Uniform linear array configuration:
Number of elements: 16
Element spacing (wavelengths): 0.25
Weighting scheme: hamming
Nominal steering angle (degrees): -60
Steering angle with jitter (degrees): -61.942
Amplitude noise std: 0.05
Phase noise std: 0.05

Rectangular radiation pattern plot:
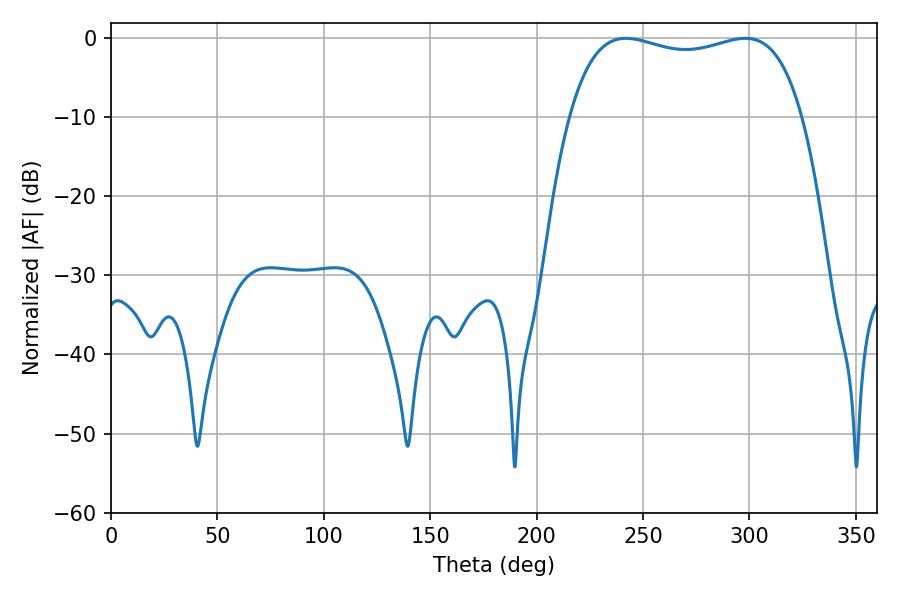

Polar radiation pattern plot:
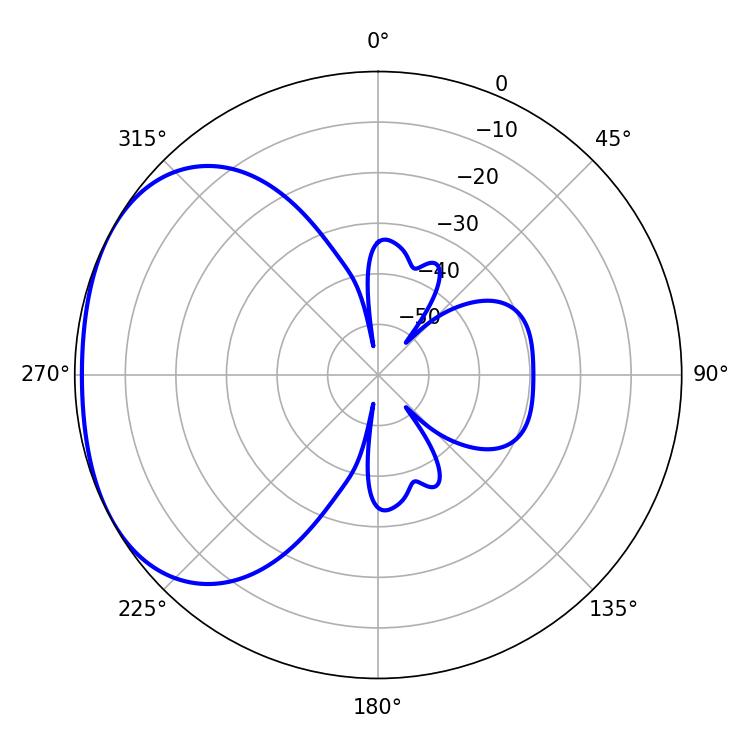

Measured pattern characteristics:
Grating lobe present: FALSE
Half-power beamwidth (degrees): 88.92
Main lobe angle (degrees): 241.92